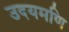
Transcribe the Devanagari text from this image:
उदयमणि